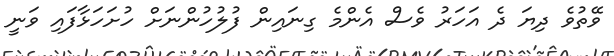
ވޭތުވެ ދިޔަ ދެ އަހަރު ވެސް އެންމެ ގިނައިން ފުލުހުންނަށް ހުށަހަޅާފައި ވަނީ